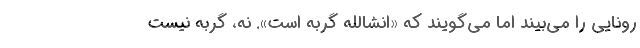
رونایی را می‌بیند اما می‌گویند که «انشالله گربه است». نه، گربه نیست